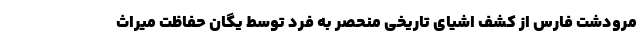
مرودشت فارس از کشف اشیای تاریخی منحصر به فرد توسط یگان حفاظت میراث